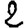
Digit: 2